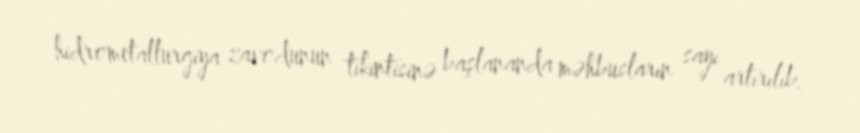
hidrometallurgiya zavodunun tikintisinə başlananda məhbusların sayı artırılıb.